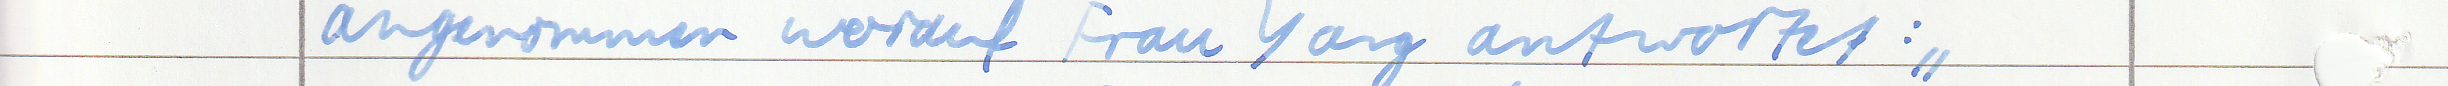
angenommen worauf Frau Yang antwortet: